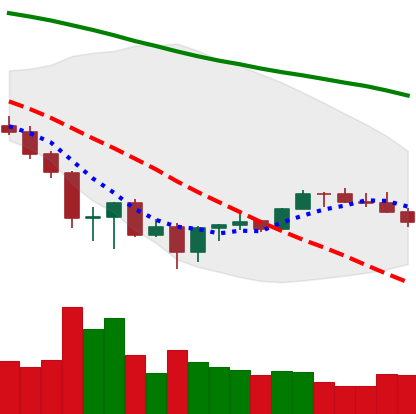
Ticker: BNB-USD
Chart end date: 2022-06-29
Forward return: 5.604%
Label: up_5_7